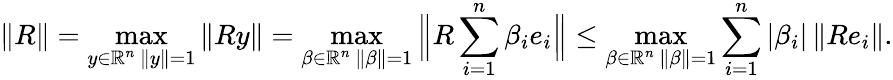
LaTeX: \| R\| =\operatorname*{max}_{\substack{y\in\mathbb{R}^{n}\, \| y\| =1}}\| Ry\| =\operatorname*{max}_{\substack{\beta\in\mathbb{R}^{n}\, \| \beta\| =1}}\Big\| R\sum_{i=1}^{n}\beta_{i}e_{i}\Big\| \leq\operatorname*{max}_{\substack{\beta\in\mathbb{R}^{n}\, \| \beta\| =1}}\sum_{i=1}^{n}|\beta_{i}|\, \| Re_{i}\| .